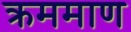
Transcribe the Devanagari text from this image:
क्रममाण